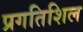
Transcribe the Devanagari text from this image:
प्रगतिशिल